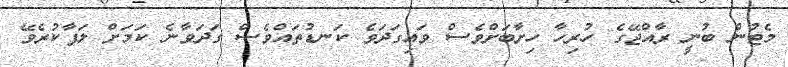
މެޓުން ބުނީ ރާއްޖޭގެ ހުރިހާ ހިށާބަށްވެސް ވައިގަދަވެ ކަނޑުތައްވެސް ގަދަވާނެ ކަމަށް ލަފާކުރެވޭ